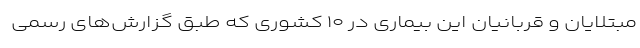
مبتلایان و قربانیان این بیماری در ۱۰ کشوری که طبق گزارش‌های رسمی